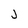
Character: J